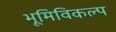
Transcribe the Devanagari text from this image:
भूमिविकल्प